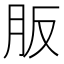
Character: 𦙀